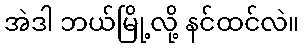
အဲဒါ ဘယ်မြို့လို့ နင်ထင်လဲ။